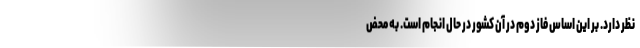
نظر دارد. بر این اساس فاز دوم در آن کشور در حال انجام است. به محض